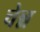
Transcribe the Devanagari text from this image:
चेन्न